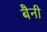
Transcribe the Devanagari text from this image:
बैनी